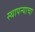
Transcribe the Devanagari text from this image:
स्थापन्याचा